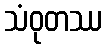
သံဝုတဿ